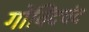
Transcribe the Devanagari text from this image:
गोविंदचंद